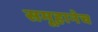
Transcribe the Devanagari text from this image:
समूहानेच